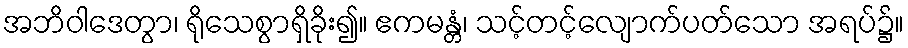
အဘိဝါဒေတွာ၊ ရိုသေစွာရှိခိုး၍။ ဧကမန္တံ၊ သင့်တင့်လျောက်ပတ်သော အရပ်၌။